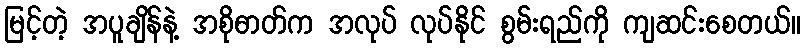
မြင့်တဲ့ အပူချိန်နဲ့ အစိုဓာတ်က အလုပ် လုပ်နိုင် စွမ်းရည်ကို ကျဆင်းစေတယ်။